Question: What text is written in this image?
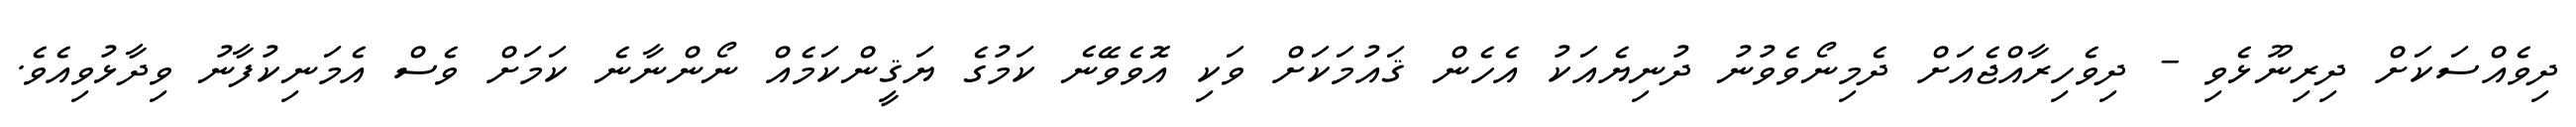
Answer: ދިވެއްސަކަށް ދިރިނޫޅެވި - ދިވެހިރާއްޖެއަށް ދެމިނޯވެވުނު ދުނިޔެއަކު އެހެން ޤައުމަކަށް ވަކި އޮވެވޭނެ ކަމުގެ ޔަޤީންކަމެއް ނޯންނާނެ ކަމަށް ވެސް އެމަނިކުފާނު ވިދާޅުވިއެވެ.